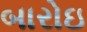
બારોઇ